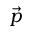
\vec { p }